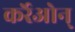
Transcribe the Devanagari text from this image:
कर्रेओन्